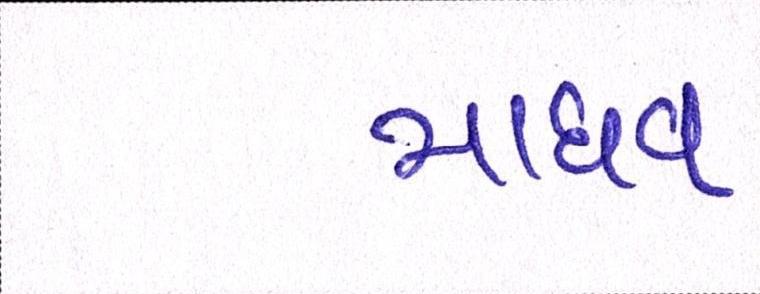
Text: માધવ